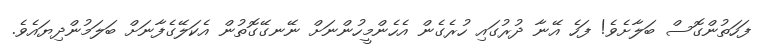
ފަހަތުންގޮސް ބަލާށެވެ! ފަހެ އޭނާ ދުރުގައި ހުރެގެން އެހެންމީހުންނަށް ނޭނގޭގޮތުން އެކަލޭގެފާނަށް ބަލަމުންދިޔައެވެ.